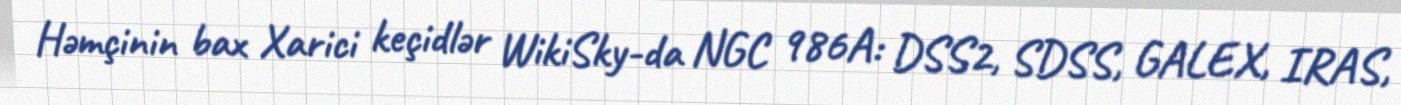
Həmçinin bax Xarici keçidlər WikiSky-da NGC 986A: DSS2, SDSS, GALEX, IRAS,